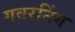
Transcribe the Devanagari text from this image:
गवरनिंग